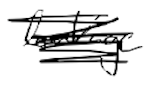
Text: leakage
Cross-out: scratch
Writing tool: digital_black